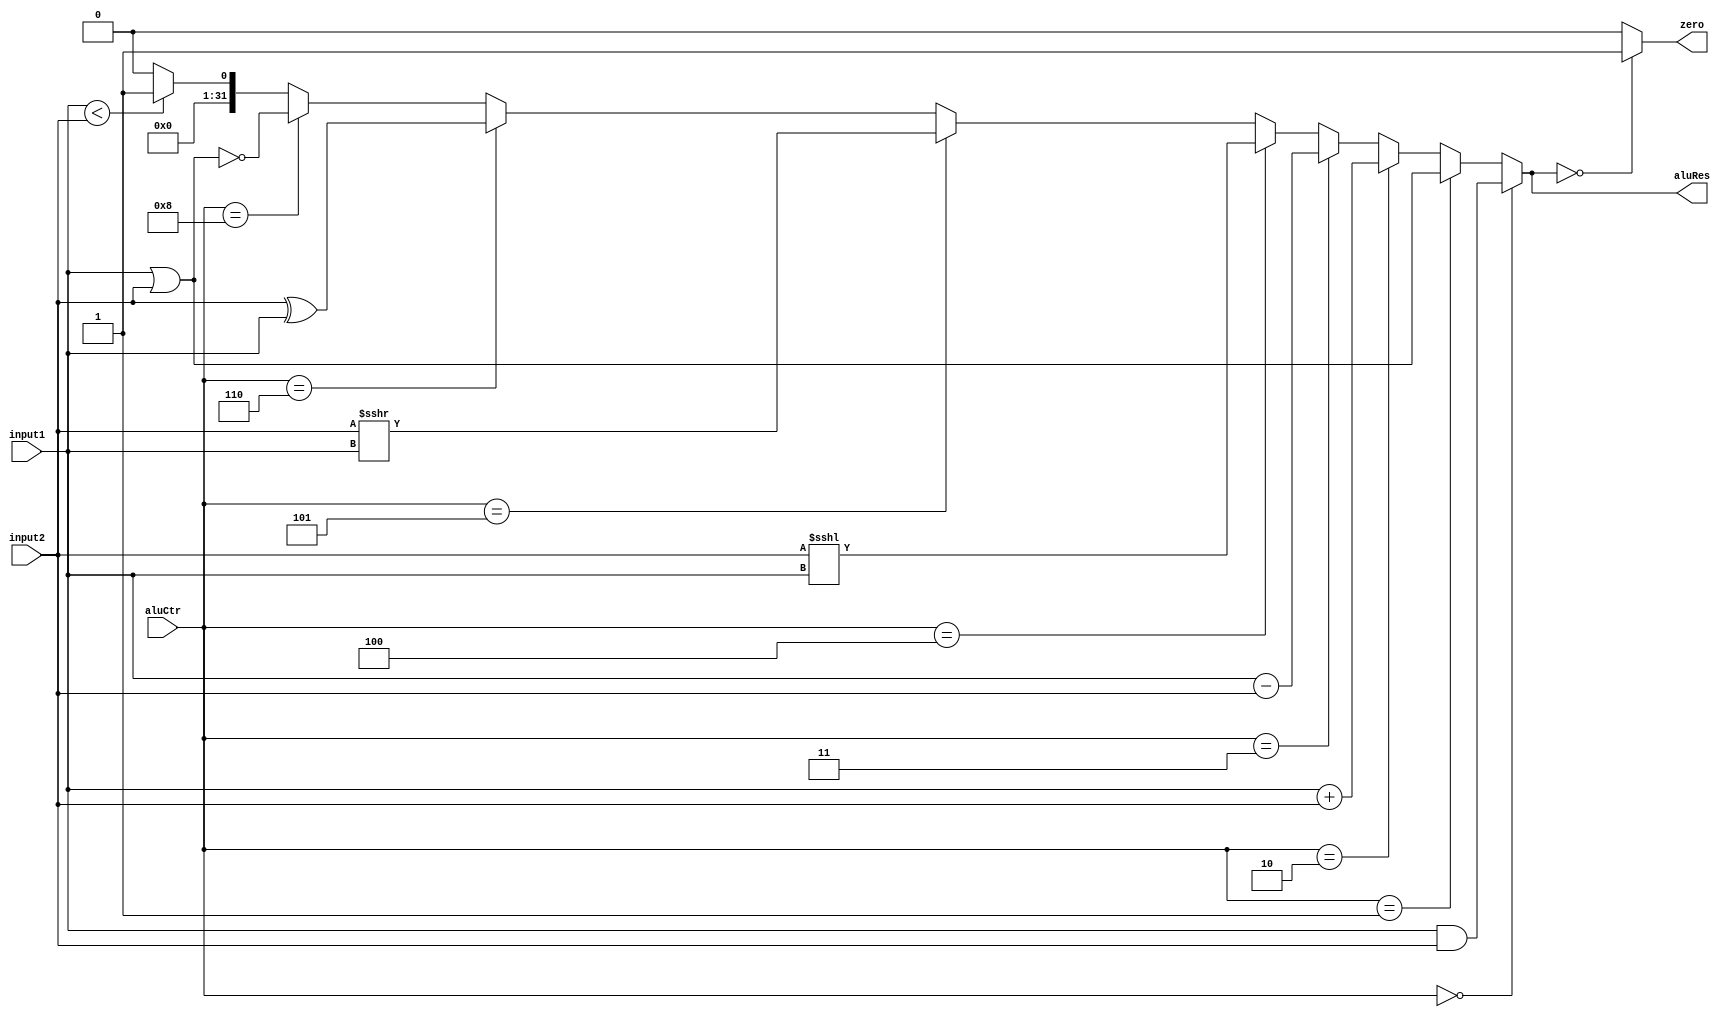
`timescale 1ns / 1ps
//////////////////////////////////////////////////////////////////////////////////
// Company: 
// Engineer: 
// 
// Design Name: 
// Module Name: ALU
// Project Name: 
// Target Devices: 
// Tool Versions: 
// Description: 
// 
// Dependencies: 
// 
// Revision:
// Revision 0.01 - File Created
// Additional Comments:
// 
//////////////////////////////////////////////////////////////////////////////////


module ALU(
    input [31:0] input1,
    input [31:0] input2,
    input [3:0] aluCtr,
    output zero,
    output [31:0] aluRes
    );
    
    reg Zero;
    reg [31:0] AluRes;
    
    always @(input1 or input2 or aluCtr)
    begin
        if(aluCtr == 4'b0000) // and
            AluRes = input1 & input2;
        else if(aluCtr == 4'b0001) // or
            AluRes = input1|input2;
        else if(aluCtr == 4'b0010) //add
            AluRes = input1 + input2;
        else if(aluCtr == 4'b0011) // sub
            AluRes = input1 - input2;
        else if(aluCtr == 4'b0100) //shift left
            AluRes = input2 <<< input1;
        else if(aluCtr == 4'b0101) //shift right
            AluRes = input2 >>> input1;
        else if(aluCtr == 4'b0110) //xor
            AluRes = input2 ^ input1;
        else if(aluCtr == 4'b1000) //nor
            AluRes = ~(input2 | input1);
        else // set on less than
            AluRes = input1 < input2 ? 1 : 0;
            
        if(AluRes == 0)
            Zero = 1;
        else 
            Zero = 0;
    end
    
    assign aluRes = AluRes;
    assign zero = Zero;
    
endmodule